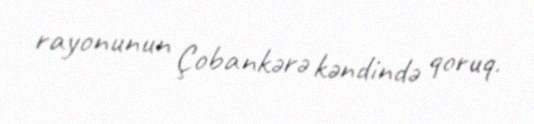
rayonunun Çobankərə kəndində qoruq.